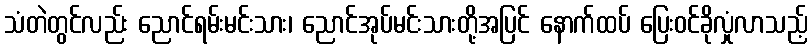
သံတဲတွင်လည်း ညောင်ရမ်းမင်းသား၊ ညောင်အုပ်မင်းသားတို့အပြင် နောက်ထပ် ပြေးဝင်ခိုလှုံလာသည့်